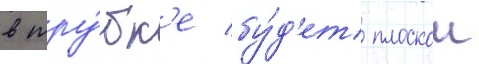
в тру́бк'е бу́д'ет плоскои